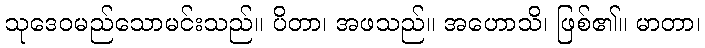
သုဒေဝမည်သောမင်းသည်။ ပိတာ၊ အဖသည်။ အဟောသိ၊ ဖြစ်၏။ မာတာ၊